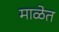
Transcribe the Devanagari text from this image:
माळेत